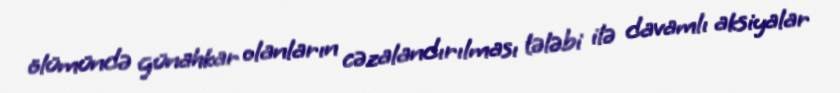
ölümündə günahkar olanların cəzalandırılması tələbi ilə davamlı aksiyalar